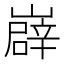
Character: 㠔